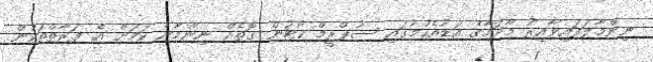
ނިންމާލަފައިވާއިރު މާދަމާގެ އަޑުއެހުމުގައި ސުޕްރީމް ކޯޓުން ގޮތެއް ނިންމާނެ ކަމަށް އެ ފަރާތްތަކުން